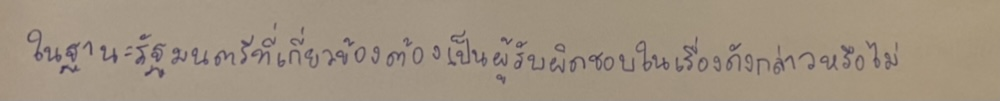
ในฐานะรัฐมนตรีที่เกี่ยวข้องต้องเป็นผู้รับผิดชอบในเรื่องดังกล่าวหรือไม่